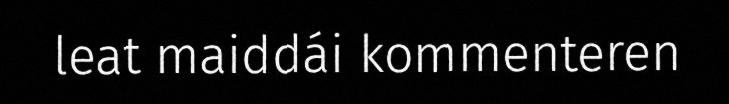
leat maiddái kommenteren